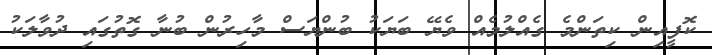
ކޮފީއިން ކިތަންމެ ގެއްލުމެއް ވެޔޭ ބަޔަކު ބުންޔަސް މާހިރުން ބުނާ ގޮތުގައި ދުވާލަކު